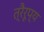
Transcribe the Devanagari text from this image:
त्रैरूप्य